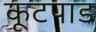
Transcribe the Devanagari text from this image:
कूटपाड